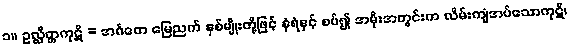
၁။ ဥလ္လိတ္တကုဋိ = အင်္ဂတေ မြေညက် နှစ်မျိုးတို့ဖြင့် နံရံနှင့် စပ်၍ အမိုးအတွင်းက လိမ်းကျံအပ်သောကုဋိ၊